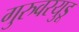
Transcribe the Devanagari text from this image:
गुरुवरयुडू